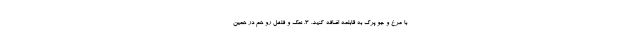
با مرغ و جو پرک به قابلمه اضافه کنید. ۳. نمک و فلفل رو هم در همین